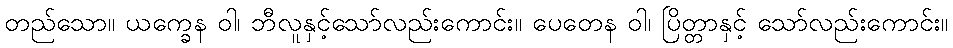
တည်သော။ ယက္ခေန ဝါ၊ ဘီလူနှင့်သော်လည်းကောင်း။ ပေတေန ဝါ၊ ပြိတ္တာနှင့် သော်လည်းကောင်း။